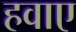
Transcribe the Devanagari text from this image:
हवाए